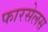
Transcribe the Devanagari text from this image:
फारसेलस